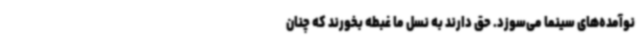
نوآمده‌های سینما می‌سوزد. حق دارند به نسل ما غبطه بخورند که چنان